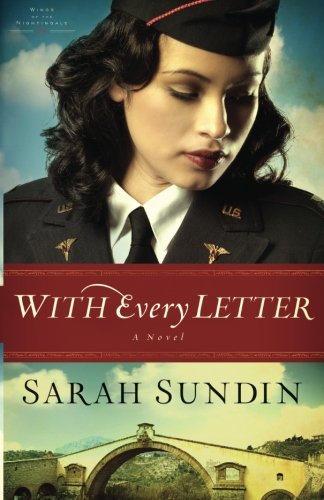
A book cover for With Every Letter: A Novel (Wings of the Nightingale) (Volume 1); Sarah Sundin; Romance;